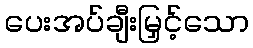
ပေးအပ်ချီးမြှင့်သော